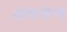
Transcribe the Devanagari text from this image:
आकलेन्ड